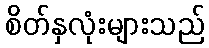
စိတ်နှလုံးများသည်